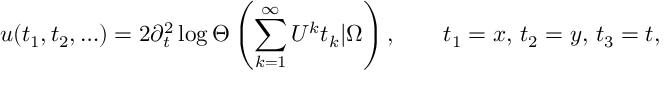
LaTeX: u ( t _ { 1 } , t _ { 2 } , \ldots ) = 2 \partial _ { t } ^ { 2 } \log \Theta \left( \sum _ { k = 1 } ^ { \infty } U ^ { k } t _ { k } | \Omega \right) , \qquad t _ { 1 } = x , \, t _ { 2 } = y , \, t _ { 3 } = t ,